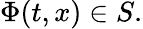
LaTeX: \Phi(t,x)\in S.